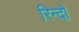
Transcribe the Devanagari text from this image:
रिन्दों